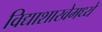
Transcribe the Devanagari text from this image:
विद्याशाखेमध्ये